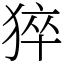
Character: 猝